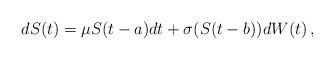
LaTeX: \begin{align*}dS(t) = \mu S(t-a) dt + \sigma(S(t-b)) dW(t)\, ,\end{align*}